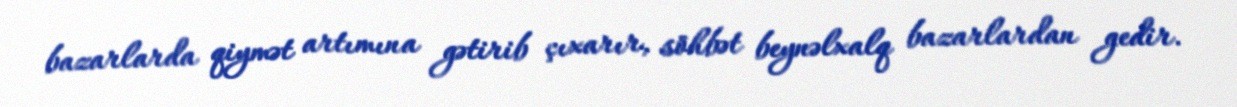
bazarlarda qiymət artımına gətirib çıxarır, söhbət beynəlxalq bazarlardan gedir.